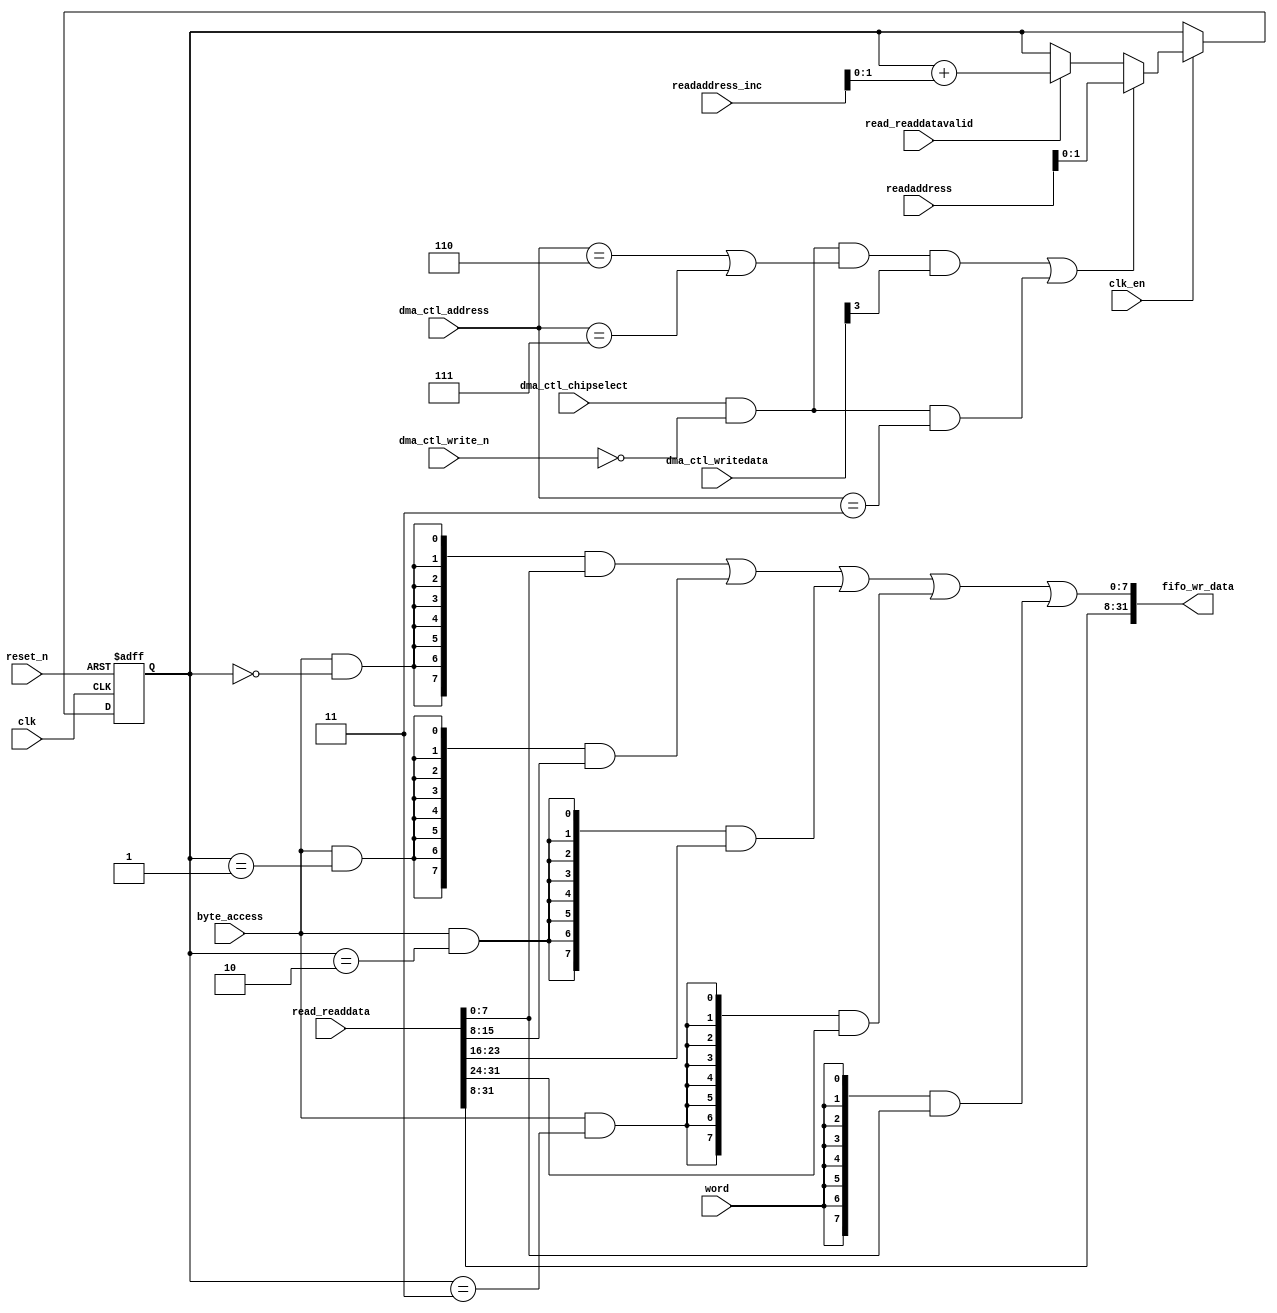
//Legal Notice: (C)2019 Altera Corporation. All rights reserved.  Your
//use of Altera Corporation's design tools, logic functions and other
//software and tools, and its AMPP partner logic functions, and any
//output files any of the foregoing (including device programming or
//simulation files), and any associated documentation or information are
//expressly subject to the terms and conditions of the Altera Program
//License Subscription Agreement or other applicable license agreement,
//including, without limitation, that your use is for the sole purpose
//of programming logic devices manufactured by Altera and sold by Altera
//or its authorized distributors.  Please refer to the applicable
//agreement for further details.

// synthesis translate_off
`timescale 1ns / 1ps
// synthesis translate_on

// turn off superfluous verilog processor warnings 
// altera message_level Level1 
// altera message_off 10034 10035 10036 10037 10230 10240 10030 

module soc_system_dma_0_read_data_mux (
                                        // inputs:
                                         byte_access,
                                         clk,
                                         clk_en,
                                         dma_ctl_address,
                                         dma_ctl_chipselect,
                                         dma_ctl_write_n,
                                         dma_ctl_writedata,
                                         read_readdata,
                                         read_readdatavalid,
                                         readaddress,
                                         readaddress_inc,
                                         reset_n,
                                         word,

                                        // outputs:
                                         fifo_wr_data
                                      )
;

  output  [ 31: 0] fifo_wr_data;
  input            byte_access;
  input            clk;
  input            clk_en;
  input   [  2: 0] dma_ctl_address;
  input            dma_ctl_chipselect;
  input            dma_ctl_write_n;
  input   [ 31: 0] dma_ctl_writedata;
  input   [ 31: 0] read_readdata;
  input            read_readdatavalid;
  input   [ 15: 0] readaddress;
  input   [  4: 0] readaddress_inc;
  input            reset_n;
  input            word;


wire             control_write;
wire    [ 31: 0] fifo_wr_data;
wire             length_write;
wire    [  1: 0] read_data_mux_input;
reg     [  1: 0] readdata_mux_select;
  assign control_write = dma_ctl_chipselect & ~dma_ctl_write_n & ((dma_ctl_address == 6) || (dma_ctl_address == 7));
  assign length_write = dma_ctl_chipselect & ~dma_ctl_write_n & (dma_ctl_address == 3);
  assign read_data_mux_input = ((control_write && dma_ctl_writedata[3] || length_write))? readaddress[1 : 0] :
    (read_readdatavalid)? (readdata_mux_select + readaddress_inc) :
    readdata_mux_select;

  // Reset value: the transaction size bits of the read address reset value.
  always @(posedge clk or negedge reset_n)
    begin
      if (reset_n == 0)
          readdata_mux_select <= 0;
      else if (clk_en)
          readdata_mux_select <= read_data_mux_input[1 : 0];
    end


  assign fifo_wr_data[31 : 16] = read_readdata[31 : 16];
  assign fifo_wr_data[15 : 8] = read_readdata[15 : 8];
  assign fifo_wr_data[7 : 0] = ({8 {(byte_access & (readdata_mux_select[1 : 0] == 0))}} & read_readdata[7 : 0]) |
    ({8 {(byte_access & (readdata_mux_select[1 : 0] == 1))}} & read_readdata[15 : 8]) |
    ({8 {(byte_access & (readdata_mux_select[1 : 0] == 2))}} & read_readdata[23 : 16]) |
    ({8 {(byte_access & (readdata_mux_select[1 : 0] == 3))}} & read_readdata[31 : 24]) |
    ({8 {word}} & read_readdata[7 : 0]);


endmodule


// synthesis translate_off
`timescale 1ns / 1ps
// synthesis translate_on

// turn off superfluous verilog processor warnings 
// altera message_level Level1 
// altera message_off 10034 10035 10036 10037 10230 10240 10030 

module soc_system_dma_0_byteenables (
                                      // inputs:
                                       byte_access,
                                       word,
                                       write_address,

                                      // outputs:
                                       write_byteenable
                                    )
;

  output  [  3: 0] write_byteenable;
  input            byte_access;
  input            word;
  input   [ 31: 0] write_address;


wire             wa_1_to_0_is_0;
wire             wa_1_to_0_is_1;
wire             wa_1_to_0_is_2;
wire             wa_1_to_0_is_3;
wire    [  3: 0] write_byteenable;
  assign wa_1_to_0_is_3 = write_address[1 : 0] == 2'h3;
  assign wa_1_to_0_is_2 = write_address[1 : 0] == 2'h2;
  assign wa_1_to_0_is_1 = write_address[1 : 0] == 2'h1;
  assign wa_1_to_0_is_0 = write_address[1 : 0] == 2'h0;
  assign write_byteenable = ({4 {byte_access}} & {wa_1_to_0_is_3, wa_1_to_0_is_2, wa_1_to_0_is_1, wa_1_to_0_is_0}) |
    ({4 {word}} & 4'b1111);


endmodule


// synthesis translate_off
`timescale 1ns / 1ps
// synthesis translate_on

// turn off superfluous verilog processor warnings 
// altera message_level Level1 
// altera message_off 10034 10035 10036 10037 10230 10240 10030 

module soc_system_dma_0_fifo_module_fifo_ram_module (
                                                      // inputs:
                                                       clk,
                                                       data,
                                                       rdaddress,
                                                       rdclken,
                                                       reset_n,
                                                       wraddress,
                                                       wrclock,
                                                       wren,

                                                      // outputs:
                                                       q
                                                    )
;

  output  [ 31: 0] q;
  input            clk;
  input   [ 31: 0] data;
  input   [  4: 0] rdaddress;
  input            rdclken;
  input            reset_n;
  input   [  4: 0] wraddress;
  input            wrclock;
  input            wren;


reg     [ 31: 0] mem_array [ 31: 0];
wire    [ 31: 0] q;
reg     [  4: 0] read_address;

//synthesis translate_off
//////////////// SIMULATION-ONLY CONTENTS
  always @(posedge clk or negedge reset_n)
    begin
      if (reset_n == 0)
          read_address <= 0;
      else if (rdclken)
          read_address <= rdaddress;
    end


  // Data read is synchronized through latent_rdaddress.
  assign q = mem_array[read_address];

  always @(posedge wrclock)
    begin
      // Write data
      if (wren)
          mem_array[wraddress] <= data;
    end



//////////////// END SIMULATION-ONLY CONTENTS

//synthesis translate_on
//synthesis read_comments_as_HDL on
//  always @(rdaddress)
//    begin
//      read_address = rdaddress;
//    end
//
//
//  lpm_ram_dp lpm_ram_dp_component
//    (
//      .data (data),
//      .q (q),
//      .rdaddress (read_address),
//      .rdclken (rdclken),
//      .rdclock (clk),
//      .wraddress (wraddress),
//      .wrclock (wrclock),
//      .wren (wren)
//    );
//
//  defparam lpm_ram_dp_component.lpm_file = "UNUSED",
//           lpm_ram_dp_component.lpm_hint = "USE_EAB=ON",
//           lpm_ram_dp_component.lpm_indata = "REGISTERED",
//           lpm_ram_dp_component.lpm_outdata = "UNREGISTERED",
//           lpm_ram_dp_component.lpm_rdaddress_control = "REGISTERED",
//           lpm_ram_dp_component.lpm_width = 32,
//           lpm_ram_dp_component.lpm_widthad = 5,
//           lpm_ram_dp_component.lpm_wraddress_control = "REGISTERED",
//           lpm_ram_dp_component.suppress_memory_conversion_warnings = "ON";
//
//synthesis read_comments_as_HDL off

endmodule


// synthesis translate_off
`timescale 1ns / 1ps
// synthesis translate_on

// turn off superfluous verilog processor warnings 
// altera message_level Level1 
// altera message_off 10034 10035 10036 10037 10230 10240 10030 

module soc_system_dma_0_fifo_module (
                                      // inputs:
                                       clk,
                                       clk_en,
                                       fifo_read,
                                       fifo_wr_data,
                                       fifo_write,
                                       flush_fifo,
                                       inc_pending_data,
                                       reset_n,

                                      // outputs:
                                       fifo_datavalid,
                                       fifo_empty,
                                       fifo_rd_data,
                                       p1_fifo_full
                                    )
;

  output           fifo_datavalid;
  output           fifo_empty;
  output  [ 31: 0] fifo_rd_data;
  output           p1_fifo_full;
  input            clk;
  input            clk_en;
  input            fifo_read;
  input   [ 31: 0] fifo_wr_data;
  input            fifo_write;
  input            flush_fifo;
  input            inc_pending_data;
  input            reset_n;


wire    [  4: 0] estimated_rdaddress;
reg     [  4: 0] estimated_wraddress;
wire             fifo_datavalid;
wire             fifo_dec;
reg              fifo_empty;
reg              fifo_full;
wire             fifo_inc;
wire    [ 31: 0] fifo_ram_q;
wire    [ 31: 0] fifo_rd_data;
reg              last_write_collision;
reg     [ 31: 0] last_write_data;
wire    [  4: 0] p1_estimated_wraddress;
wire             p1_fifo_empty;
wire             p1_fifo_full;
wire    [  4: 0] p1_wraddress;
wire    [  4: 0] rdaddress;
reg     [  4: 0] rdaddress_reg;
reg     [  4: 0] wraddress;
wire             write_collision;
  assign p1_wraddress = (fifo_write)? wraddress - 1 :
    wraddress;

  always @(posedge clk or negedge reset_n)
    begin
      if (reset_n == 0)
          wraddress <= 0;
      else if (clk_en)
          if (flush_fifo)
              wraddress <= 0;
          else 
            wraddress <= p1_wraddress;
    end


  assign rdaddress = flush_fifo ? 0 : fifo_read ? (rdaddress_reg - 1) : rdaddress_reg;
  always @(posedge clk or negedge reset_n)
    begin
      if (reset_n == 0)
          rdaddress_reg <= 0;
      else 
        rdaddress_reg <= rdaddress;
    end


  assign fifo_datavalid = ~fifo_empty;
  assign fifo_inc = fifo_write & ~fifo_read;
  assign fifo_dec = fifo_read & ~fifo_write;
  assign estimated_rdaddress = rdaddress_reg - 1;
  assign p1_estimated_wraddress = (inc_pending_data)? estimated_wraddress - 1 :
    estimated_wraddress;

  always @(posedge clk or negedge reset_n)
    begin
      if (reset_n == 0)
          estimated_wraddress <= {5 {1'b1}};
      else if (clk_en)
          if (flush_fifo)
              estimated_wraddress <= {5 {1'b1}};
          else 
            estimated_wraddress <= p1_estimated_wraddress;
    end


  assign p1_fifo_empty = flush_fifo  | ((~fifo_inc & fifo_empty) | (fifo_dec & (wraddress == estimated_rdaddress)));
  always @(posedge clk or negedge reset_n)
    begin
      if (reset_n == 0)
          fifo_empty <= 1;
      else if (clk_en)
          fifo_empty <= p1_fifo_empty;
    end


  assign p1_fifo_full = ~flush_fifo & ((~fifo_dec & fifo_full)  | (inc_pending_data & (estimated_wraddress == rdaddress)));
  always @(posedge clk or negedge reset_n)
    begin
      if (reset_n == 0)
          fifo_full <= 0;
      else if (clk_en)
          fifo_full <= p1_fifo_full;
    end


  assign write_collision = fifo_write && (wraddress == rdaddress);
  always @(posedge clk or negedge reset_n)
    begin
      if (reset_n == 0)
          last_write_data <= 0;
      else if (write_collision)
          last_write_data <= fifo_wr_data;
    end


  always @(posedge clk or negedge reset_n)
    begin
      if (reset_n == 0)
          last_write_collision <= 0;
      else if (write_collision)
          last_write_collision <= -1;
      else if (fifo_read)
          last_write_collision <= 0;
    end


  assign fifo_rd_data = last_write_collision ? last_write_data : fifo_ram_q;
  //soc_system_dma_0_fifo_module_fifo_ram, which is an e_ram
  soc_system_dma_0_fifo_module_fifo_ram_module soc_system_dma_0_fifo_module_fifo_ram
    (
      .clk       (clk),
      .data      (fifo_wr_data),
      .q         (fifo_ram_q),
      .rdaddress (rdaddress),
      .rdclken   (1'b1),
      .reset_n   (reset_n),
      .wraddress (wraddress),
      .wrclock   (clk),
      .wren      (fifo_write)
    );


endmodule


// synthesis translate_off
`timescale 1ns / 1ps
// synthesis translate_on

// turn off superfluous verilog processor warnings 
// altera message_level Level1 
// altera message_off 10034 10035 10036 10037 10230 10240 10030 

module soc_system_dma_0_mem_read (
                                   // inputs:
                                    clk,
                                    clk_en,
                                    go,
                                    p1_done_read,
                                    p1_fifo_full,
                                    read_waitrequest,
                                    reset_n,

                                   // outputs:
                                    inc_read,
                                    mem_read_n
                                 )
;

  output           inc_read;
  output           mem_read_n;
  input            clk;
  input            clk_en;
  input            go;
  input            p1_done_read;
  input            p1_fifo_full;
  input            read_waitrequest;
  input            reset_n;


wire             inc_read;
wire             mem_read_n;
wire             p1_read_select;
reg              read_select;
reg              soc_system_dma_0_mem_read_access;
reg              soc_system_dma_0_mem_read_idle;
  assign mem_read_n = ~read_select;
  always @(posedge clk or negedge reset_n)
    begin
      if (reset_n == 0)
          read_select <= 0;
      else if (clk_en)
          read_select <= p1_read_select;
    end


  assign inc_read = read_select & ~read_waitrequest;
  // Transitions into state 'idle'.
  always @(posedge clk or negedge reset_n)
    begin
      if (reset_n == 0)
          soc_system_dma_0_mem_read_idle <= 1;
      else if (clk_en)
          soc_system_dma_0_mem_read_idle <= ((soc_system_dma_0_mem_read_idle == 1) & (go == 0)) |
                    ((soc_system_dma_0_mem_read_idle == 1) & (p1_done_read == 1)) |
                    ((soc_system_dma_0_mem_read_idle == 1) & (p1_fifo_full == 1)) |
                    ((soc_system_dma_0_mem_read_access == 1) & (p1_fifo_full == 1) & (read_waitrequest == 0)) |
                    ((soc_system_dma_0_mem_read_access == 1) & (p1_done_read == 1) & (read_waitrequest == 0));

    end


  // Transitions into state 'access'.
  always @(posedge clk or negedge reset_n)
    begin
      if (reset_n == 0)
          soc_system_dma_0_mem_read_access <= 0;
      else if (clk_en)
          soc_system_dma_0_mem_read_access <= ((soc_system_dma_0_mem_read_idle == 1) & (p1_fifo_full == 0) & (p1_done_read == 0) & (go == 1)) |
                    ((soc_system_dma_0_mem_read_access == 1) & (read_waitrequest == 1)) |
                    ((soc_system_dma_0_mem_read_access == 1) & (p1_fifo_full == 0) & (p1_done_read == 0) & (read_waitrequest == 0));

    end


  assign p1_read_select = ({1 {((soc_system_dma_0_mem_read_access && (read_waitrequest == 1)))}} & 1) |
    ({1 {((soc_system_dma_0_mem_read_access && (p1_done_read == 0) && (p1_fifo_full == 0) && (read_waitrequest == 0)))}} & 1) |
    ({1 {((soc_system_dma_0_mem_read_idle && (go == 1) && (p1_done_read == 0) && (p1_fifo_full == 0)))}} & 1);


endmodule


// synthesis translate_off
`timescale 1ns / 1ps
// synthesis translate_on

// turn off superfluous verilog processor warnings 
// altera message_level Level1 
// altera message_off 10034 10035 10036 10037 10230 10240 10030 

module soc_system_dma_0_mem_write (
                                    // inputs:
                                     d1_enabled_write_endofpacket,
                                     fifo_datavalid,
                                     write_waitrequest,

                                    // outputs:
                                     fifo_read,
                                     inc_write,
                                     mem_write_n,
                                     write_select
                                  )
;

  output           fifo_read;
  output           inc_write;
  output           mem_write_n;
  output           write_select;
  input            d1_enabled_write_endofpacket;
  input            fifo_datavalid;
  input            write_waitrequest;


wire             fifo_read;
wire             inc_write;
wire             mem_write_n;
wire             write_select;
  assign write_select = fifo_datavalid & ~d1_enabled_write_endofpacket;
  assign mem_write_n = ~write_select;
  assign fifo_read = write_select & ~write_waitrequest;
  assign inc_write = fifo_read;

endmodule


// synthesis translate_off
`timescale 1ns / 1ps
// synthesis translate_on

// turn off superfluous verilog processor warnings 
// altera message_level Level1 
// altera message_off 10034 10035 10036 10037 10230 10240 10030 

//DMA peripheral soc_system_dma_0
//Read slaves:
//SRAM.s1; 
//Write slaves:
//hps_0_sysmgr.axi_slave0,hps_0_uart1.axi_slave0,hps_0_dcan0.axi_slave0,hps_0_i2c1.axi_slave0,hps_0_gpio0.axi_slave0,hps_0_clkmgr.axi_slave0,hps_0_l3regs.axi_slave0,hps_0_arm_gic_0.axi_slave0,hps_0_i2c3.axi_slave0,hps_0_gmac1.axi_slave0,hps_0_gpio2.axi_slave0,hps_0_nand0.axi_slave0,hps_0_arm_gic_0.axi_slave1,hps_0_spim1.axi_slave0,hps_0_timer1.axi_slave0,hps_0_nand0.axi_slave1,hps_0_axi_ocram.axi_slave0,hps_0_usb1.axi_slave0,hps_0_timer3.axi_slave0,hps_0_uart0.axi_slave0,hps_0_fpgamgr.axi_slave0,hps_0_fpgamgr.axi_slave1,hps_0_qspi.axi_slave0,hps_0_L2.axi_slave0,hps_0_i2c0.axi_slave0,hps_0_qspi.axi_slave1,hps_0_rstmgr.axi_slave0,hps_0_dcan1.axi_slave0,hps_0_i2c2.axi_slave0,hps_0_axi_sdram.axi_slave0,hps_0_gmac0.axi_slave0,hps_0_gpio1.axi_slave0,hps_0_timer.axi_slave0,hps_0_spim0.axi_slave0,hps_0_timer0.axi_slave0,hps_0_dma.axi_slave0,hps_0_usb0.axi_slave0,hps_0_timer2.axi_slave0,hps_0_sdrctl.axi_slave0,hps_0_sdmmc.axi_slave0; 


module soc_system_dma_0 (
                          // inputs:
                           clk,
                           dma_ctl_address,
                           dma_ctl_chipselect,
                           dma_ctl_write_n,
                           dma_ctl_writedata,
                           read_readdata,
                           read_readdatavalid,
                           read_waitrequest,
                           system_reset_n,
                           write_waitrequest,

                          // outputs:
                           dma_ctl_irq,
                           dma_ctl_readdata,
                           read_address,
                           read_chipselect,
                           read_read_n,
                           write_address,
                           write_byteenable,
                           write_chipselect,
                           write_write_n,
                           write_writedata
                        )
  /* synthesis ALTERA_ATTRIBUTE = "SUPPRESS_DA_RULE_INTERNAL=\"R101\"" */ ;

  output           dma_ctl_irq;
  output  [ 31: 0] dma_ctl_readdata;
  output  [ 15: 0] read_address;
  output           read_chipselect;
  output           read_read_n;
  output  [ 31: 0] write_address;
  output  [  3: 0] write_byteenable;
  output           write_chipselect;
  output           write_write_n;
  output  [ 31: 0] write_writedata;
  input            clk;
  input   [  2: 0] dma_ctl_address;
  input            dma_ctl_chipselect;
  input            dma_ctl_write_n;
  input   [ 31: 0] dma_ctl_writedata;
  input   [ 31: 0] read_readdata;
  input            read_readdatavalid;
  input            read_waitrequest;
  input            system_reset_n;
  input            write_waitrequest;


wire             busy;
wire             byte_access;
wire             clk_en;
reg     [ 12: 0] control;
reg              d1_done_transaction;
reg              d1_enabled_write_endofpacket;
reg              d1_read_got_endofpacket;
reg              d1_softwarereset;
wire             dma_ctl_irq;
reg     [ 31: 0] dma_ctl_readdata;
reg              done;
wire             done_transaction;
reg              done_write;
wire             doubleword;
wire             enabled_write_endofpacket;
wire             fifo_datavalid;
wire             fifo_empty;
wire    [ 31: 0] fifo_rd_data;
wire    [ 31: 0] fifo_rd_data_as_byte_access;
wire    [ 31: 0] fifo_rd_data_as_word;
wire             fifo_read;
wire    [ 31: 0] fifo_wr_data;
wire             fifo_write;
wire             fifo_write_data_valid;
wire             flush_fifo;
wire             go;
wire             hw;
wire             i_en;
wire             inc_read;
wire             inc_write;
wire             leen;
reg              len;
reg     [ 31: 0] length;
reg              length_eq_0;
wire             mem_read_n;
wire             mem_write_n;
wire    [ 12: 0] p1_control;
wire    [ 31: 0] p1_dma_ctl_readdata;
wire             p1_done_read;
wire             p1_done_write;
wire             p1_fifo_full;
wire    [ 31: 0] p1_length;
wire             p1_length_eq_0;
wire             p1_read_got_endofpacket;
wire    [ 15: 0] p1_readaddress;
wire             p1_write_got_endofpacket;
wire    [ 31: 0] p1_writeaddress;
wire    [ 31: 0] p1_writelength;
wire             p1_writelength_eq_0;
wire             quadword;
wire             rcon;
wire    [ 15: 0] read_address;
wire             read_chipselect;
wire             read_endofpacket;
reg              read_got_endofpacket;
wire             read_read_n;
reg     [ 15: 0] readaddress;
wire    [  4: 0] readaddress_inc;
wire             reen;
reg              reop;
reg              reset_n;
wire             set_software_reset_bit;
reg              software_reset_request;
wire             softwarereset;
wire    [  4: 0] status;
wire             status_register_write;
wire             wcon;
wire             ween;
reg              weop;
wire             word;
wire    [ 31: 0] write_address;
wire    [  3: 0] write_byteenable;
wire             write_chipselect;
wire             write_endofpacket;
reg              write_got_endofpacket;
wire             write_select;
wire             write_write_n;
wire    [ 31: 0] write_writedata;
reg     [ 31: 0] writeaddress;
wire    [  4: 0] writeaddress_inc;
reg     [ 31: 0] writelength;
reg              writelength_eq_0;
  assign clk_en = 1;
  //control_port_slave, which is an e_avalon_slave
  //read_master, which is an e_avalon_master
  soc_system_dma_0_read_data_mux the_soc_system_dma_0_read_data_mux
    (
      .byte_access        (byte_access),
      .clk                (clk),
      .clk_en             (clk_en),
      .dma_ctl_address    (dma_ctl_address),
      .dma_ctl_chipselect (dma_ctl_chipselect),
      .dma_ctl_write_n    (dma_ctl_write_n),
      .dma_ctl_writedata  (dma_ctl_writedata),
      .fifo_wr_data       (fifo_wr_data),
      .read_readdata      (read_readdata),
      .read_readdatavalid (read_readdatavalid),
      .readaddress        (readaddress),
      .readaddress_inc    (readaddress_inc),
      .reset_n            (reset_n),
      .word               (word)
    );

  //write_master, which is an e_avalon_master
  soc_system_dma_0_byteenables the_soc_system_dma_0_byteenables
    (
      .byte_access      (byte_access),
      .word             (word),
      .write_address    (write_address),
      .write_byteenable (write_byteenable)
    );

  assign read_read_n = mem_read_n;
  assign status_register_write = dma_ctl_chipselect & ~dma_ctl_write_n & (dma_ctl_address == 0);
  // read address
  always @(posedge clk or negedge reset_n)
    begin
      if (reset_n == 0)
          readaddress <= 16'h0;
      else if (clk_en)
          readaddress <= p1_readaddress;
    end


  assign p1_readaddress = ((dma_ctl_chipselect & ~dma_ctl_write_n & (dma_ctl_address == 1)))? dma_ctl_writedata :
    (inc_read)? (readaddress + readaddress_inc) :
    readaddress;

  // write address
  always @(posedge clk or negedge reset_n)
    begin
      if (reset_n == 0)
          writeaddress <= 32'h0;
      else if (clk_en)
          writeaddress <= p1_writeaddress;
    end


  assign p1_writeaddress = ((dma_ctl_chipselect & ~dma_ctl_write_n & (dma_ctl_address == 2)))? dma_ctl_writedata :
    (inc_write)? (writeaddress + writeaddress_inc) :
    writeaddress;

  // length in bytes
  always @(posedge clk or negedge reset_n)
    begin
      if (reset_n == 0)
          length <= 32'h0;
      else if (clk_en)
          length <= p1_length;
    end


  assign p1_length = ((dma_ctl_chipselect & ~dma_ctl_write_n & (dma_ctl_address == 3)))? dma_ctl_writedata :
    ((inc_read && (!length_eq_0)))? length - {1'b0,
    1'b0,
    word,
    1'b0,
    byte_access} :
    length;

  // control register
  always @(posedge clk or negedge reset_n)
    begin
      if (reset_n == 0)
          control <= 13'h84;
      else if (clk_en)
          control <= p1_control;
    end


  assign p1_control = ((dma_ctl_chipselect & ~dma_ctl_write_n & ((dma_ctl_address == 6) || (dma_ctl_address == 7))))? dma_ctl_writedata :
    control;

  // write master length
  always @(posedge clk or negedge reset_n)
    begin
      if (reset_n == 0)
          writelength <= 32'h0;
      else if (clk_en)
          writelength <= p1_writelength;
    end


  assign p1_writelength = ((dma_ctl_chipselect & ~dma_ctl_write_n & (dma_ctl_address == 3)))? dma_ctl_writedata :
    ((inc_write && (!writelength_eq_0)))? writelength - {1'b0,
    1'b0,
    word,
    1'b0,
    byte_access} :
    writelength;

  assign p1_writelength_eq_0 = inc_write && (!writelength_eq_0) && ((writelength  - {1'b0,
    1'b0,
    word,
    1'b0,
    byte_access}) == 0);

  assign p1_length_eq_0 = inc_read && (!length_eq_0) && ((length  - {1'b0,
    1'b0,
    word,
    1'b0,
    byte_access}) == 0);

  always @(posedge clk or negedge reset_n)
    begin
      if (reset_n == 0)
          length_eq_0 <= 1;
      else if (clk_en)
          if (dma_ctl_chipselect & ~dma_ctl_write_n & (dma_ctl_address == 3))
              length_eq_0 <= 0;
          else if (p1_length_eq_0)
              length_eq_0 <= -1;
    end


  always @(posedge clk or negedge reset_n)
    begin
      if (reset_n == 0)
          writelength_eq_0 <= 1;
      else if (clk_en)
          if (dma_ctl_chipselect & ~dma_ctl_write_n & (dma_ctl_address == 3))
              writelength_eq_0 <= 0;
          else if (p1_writelength_eq_0)
              writelength_eq_0 <= -1;
    end


  assign writeaddress_inc = (wcon)? 0 :
    {1'b0,
    1'b0,
    word,
    1'b0,
    byte_access};

  assign readaddress_inc = (rcon)? 0 :
    {1'b0,
    1'b0,
    word,
    1'b0,
    byte_access};

  assign p1_dma_ctl_readdata = ({32 {(dma_ctl_address == 0)}} & status) |
    ({32 {(dma_ctl_address == 1)}} & readaddress) |
    ({32 {(dma_ctl_address == 2)}} & writeaddress) |
    ({32 {(dma_ctl_address == 3)}} & writelength) |
    ({32 {(dma_ctl_address == 6)}} & control);

  always @(posedge clk or negedge reset_n)
    begin
      if (reset_n == 0)
          dma_ctl_readdata <= 0;
      else if (clk_en)
          dma_ctl_readdata <= p1_dma_ctl_readdata;
    end


  assign done_transaction = go & done_write;
  always @(posedge clk or negedge reset_n)
    begin
      if (reset_n == 0)
          done <= 0;
      else if (clk_en)
          if (status_register_write)
              done <= 0;
          else if (done_transaction & ~d1_done_transaction)
              done <= -1;
    end


  always @(posedge clk or negedge reset_n)
    begin
      if (reset_n == 0)
          d1_done_transaction <= 0;
      else if (clk_en)
          d1_done_transaction <= done_transaction;
    end


  assign busy = go & ~done_write;
  assign status[0] = done;
  assign status[1] = busy;
  assign status[2] = reop;
  assign status[3] = weop;
  assign status[4] = len;
  assign byte_access = control[0];
  assign hw = control[1];
  assign word = control[2];
  assign go = control[3];
  assign i_en = control[4];
  assign reen = control[5];
  assign ween = control[6];
  assign leen = control[7];
  assign rcon = control[8];
  assign wcon = control[9];
  assign doubleword = control[10];
  assign quadword = control[11];
  assign softwarereset = control[12];
  assign dma_ctl_irq = i_en & done;
  assign p1_read_got_endofpacket = ~status_register_write && (read_got_endofpacket || (read_endofpacket & reen));
  assign p1_write_got_endofpacket = ~status_register_write && (write_got_endofpacket || (inc_write & write_endofpacket & ween));
  always @(posedge clk or negedge reset_n)
    begin
      if (reset_n == 0)
          read_got_endofpacket <= 0;
      else if (clk_en)
          read_got_endofpacket <= p1_read_got_endofpacket;
    end


  always @(posedge clk or negedge reset_n)
    begin
      if (reset_n == 0)
          write_got_endofpacket <= 0;
      else if (clk_en)
          write_got_endofpacket <= p1_write_got_endofpacket;
    end


  assign flush_fifo = ~d1_done_transaction & done_transaction;
  soc_system_dma_0_fifo_module the_soc_system_dma_0_fifo_module
    (
      .clk              (clk),
      .clk_en           (clk_en),
      .fifo_datavalid   (fifo_datavalid),
      .fifo_empty       (fifo_empty),
      .fifo_rd_data     (fifo_rd_data),
      .fifo_read        (fifo_read),
      .fifo_wr_data     (fifo_wr_data),
      .fifo_write       (fifo_write),
      .flush_fifo       (flush_fifo),
      .inc_pending_data (inc_read),
      .p1_fifo_full     (p1_fifo_full),
      .reset_n          (reset_n)
    );

  //the_soc_system_dma_0_mem_read, which is an e_instance
  soc_system_dma_0_mem_read the_soc_system_dma_0_mem_read
    (
      .clk              (clk),
      .clk_en           (clk_en),
      .go               (go),
      .inc_read         (inc_read),
      .mem_read_n       (mem_read_n),
      .p1_done_read     (p1_done_read),
      .p1_fifo_full     (p1_fifo_full),
      .read_waitrequest (read_waitrequest),
      .reset_n          (reset_n)
    );

  assign fifo_write = fifo_write_data_valid;
  assign enabled_write_endofpacket = write_endofpacket & ween;
  always @(posedge clk or negedge reset_n)
    begin
      if (reset_n == 0)
          d1_enabled_write_endofpacket <= 0;
      else if (clk_en)
          d1_enabled_write_endofpacket <= enabled_write_endofpacket;
    end


  soc_system_dma_0_mem_write the_soc_system_dma_0_mem_write
    (
      .d1_enabled_write_endofpacket (d1_enabled_write_endofpacket),
      .fifo_datavalid               (fifo_datavalid),
      .fifo_read                    (fifo_read),
      .inc_write                    (inc_write),
      .mem_write_n                  (mem_write_n),
      .write_select                 (write_select),
      .write_waitrequest            (write_waitrequest)
    );

  assign p1_done_read = (leen && (p1_length_eq_0 || (length_eq_0))) | p1_read_got_endofpacket | p1_done_write;
  always @(posedge clk or negedge reset_n)
    begin
      if (reset_n == 0)
          len <= 0;
      else if (clk_en)
          if (status_register_write)
              len <= 0;
          else if (~d1_done_transaction & done_transaction && (writelength_eq_0))
              len <= -1;
    end


  always @(posedge clk or negedge reset_n)
    begin
      if (reset_n == 0)
          reop <= 0;
      else if (clk_en)
          if (status_register_write)
              reop <= 0;
          else if (fifo_empty & read_got_endofpacket & d1_read_got_endofpacket)
              reop <= -1;
    end


  always @(posedge clk or negedge reset_n)
    begin
      if (reset_n == 0)
          weop <= 0;
      else if (clk_en)
          if (status_register_write)
              weop <= 0;
          else if (write_got_endofpacket)
              weop <= -1;
    end


  assign p1_done_write = (leen && (p1_writelength_eq_0 || writelength_eq_0)) | p1_write_got_endofpacket | fifo_empty & d1_read_got_endofpacket;
  always @(posedge clk or negedge reset_n)
    begin
      if (reset_n == 0)
          d1_read_got_endofpacket <= 0;
      else if (clk_en)
          d1_read_got_endofpacket <= read_got_endofpacket;
    end


  // Write has completed when the length goes to 0, or
  //the write source said end-of-packet, or
  //the read source said end-of-packet and the fifo has emptied.
  always @(posedge clk or negedge reset_n)
    begin
      if (reset_n == 0)
          done_write <= 0;
      else if (clk_en)
          done_write <= p1_done_write;
    end


  assign read_address = readaddress;
  assign write_address = writeaddress;
  assign write_chipselect = write_select;
  assign read_chipselect = ~read_read_n;
  assign write_write_n = mem_write_n;
  assign fifo_rd_data_as_byte_access = {fifo_rd_data[7 : 0],
    fifo_rd_data[7 : 0],
    fifo_rd_data[7 : 0],
    fifo_rd_data[7 : 0]};

  assign fifo_rd_data_as_word = fifo_rd_data[31 : 0];
  assign write_writedata = ({32 {byte_access}} & fifo_rd_data_as_byte_access) |
    ({32 {word}} & fifo_rd_data_as_word);

  assign fifo_write_data_valid = read_readdatavalid;
  assign set_software_reset_bit = ((dma_ctl_chipselect & ~dma_ctl_write_n & ((dma_ctl_address == 6) || (dma_ctl_address == 7)))) & (dma_ctl_address != 7) & dma_ctl_writedata[12];
  always @(posedge clk or negedge system_reset_n)
    begin
      if (system_reset_n == 0)
          d1_softwarereset <= 0;
      else if (set_software_reset_bit | software_reset_request)
          d1_softwarereset <= softwarereset & ~software_reset_request;
    end


  always @(posedge clk or negedge system_reset_n)
    begin
      if (system_reset_n == 0)
          software_reset_request <= 0;
      else if (set_software_reset_bit | software_reset_request)
          software_reset_request <= d1_softwarereset & ~software_reset_request;
    end


  always @(posedge clk or negedge system_reset_n)
    begin
      if (system_reset_n == 0)
          reset_n <= 0;
      else 
        reset_n <= ~(~system_reset_n | software_reset_request);
    end


  assign read_endofpacket = 0;
  assign write_endofpacket = 0;

endmodule